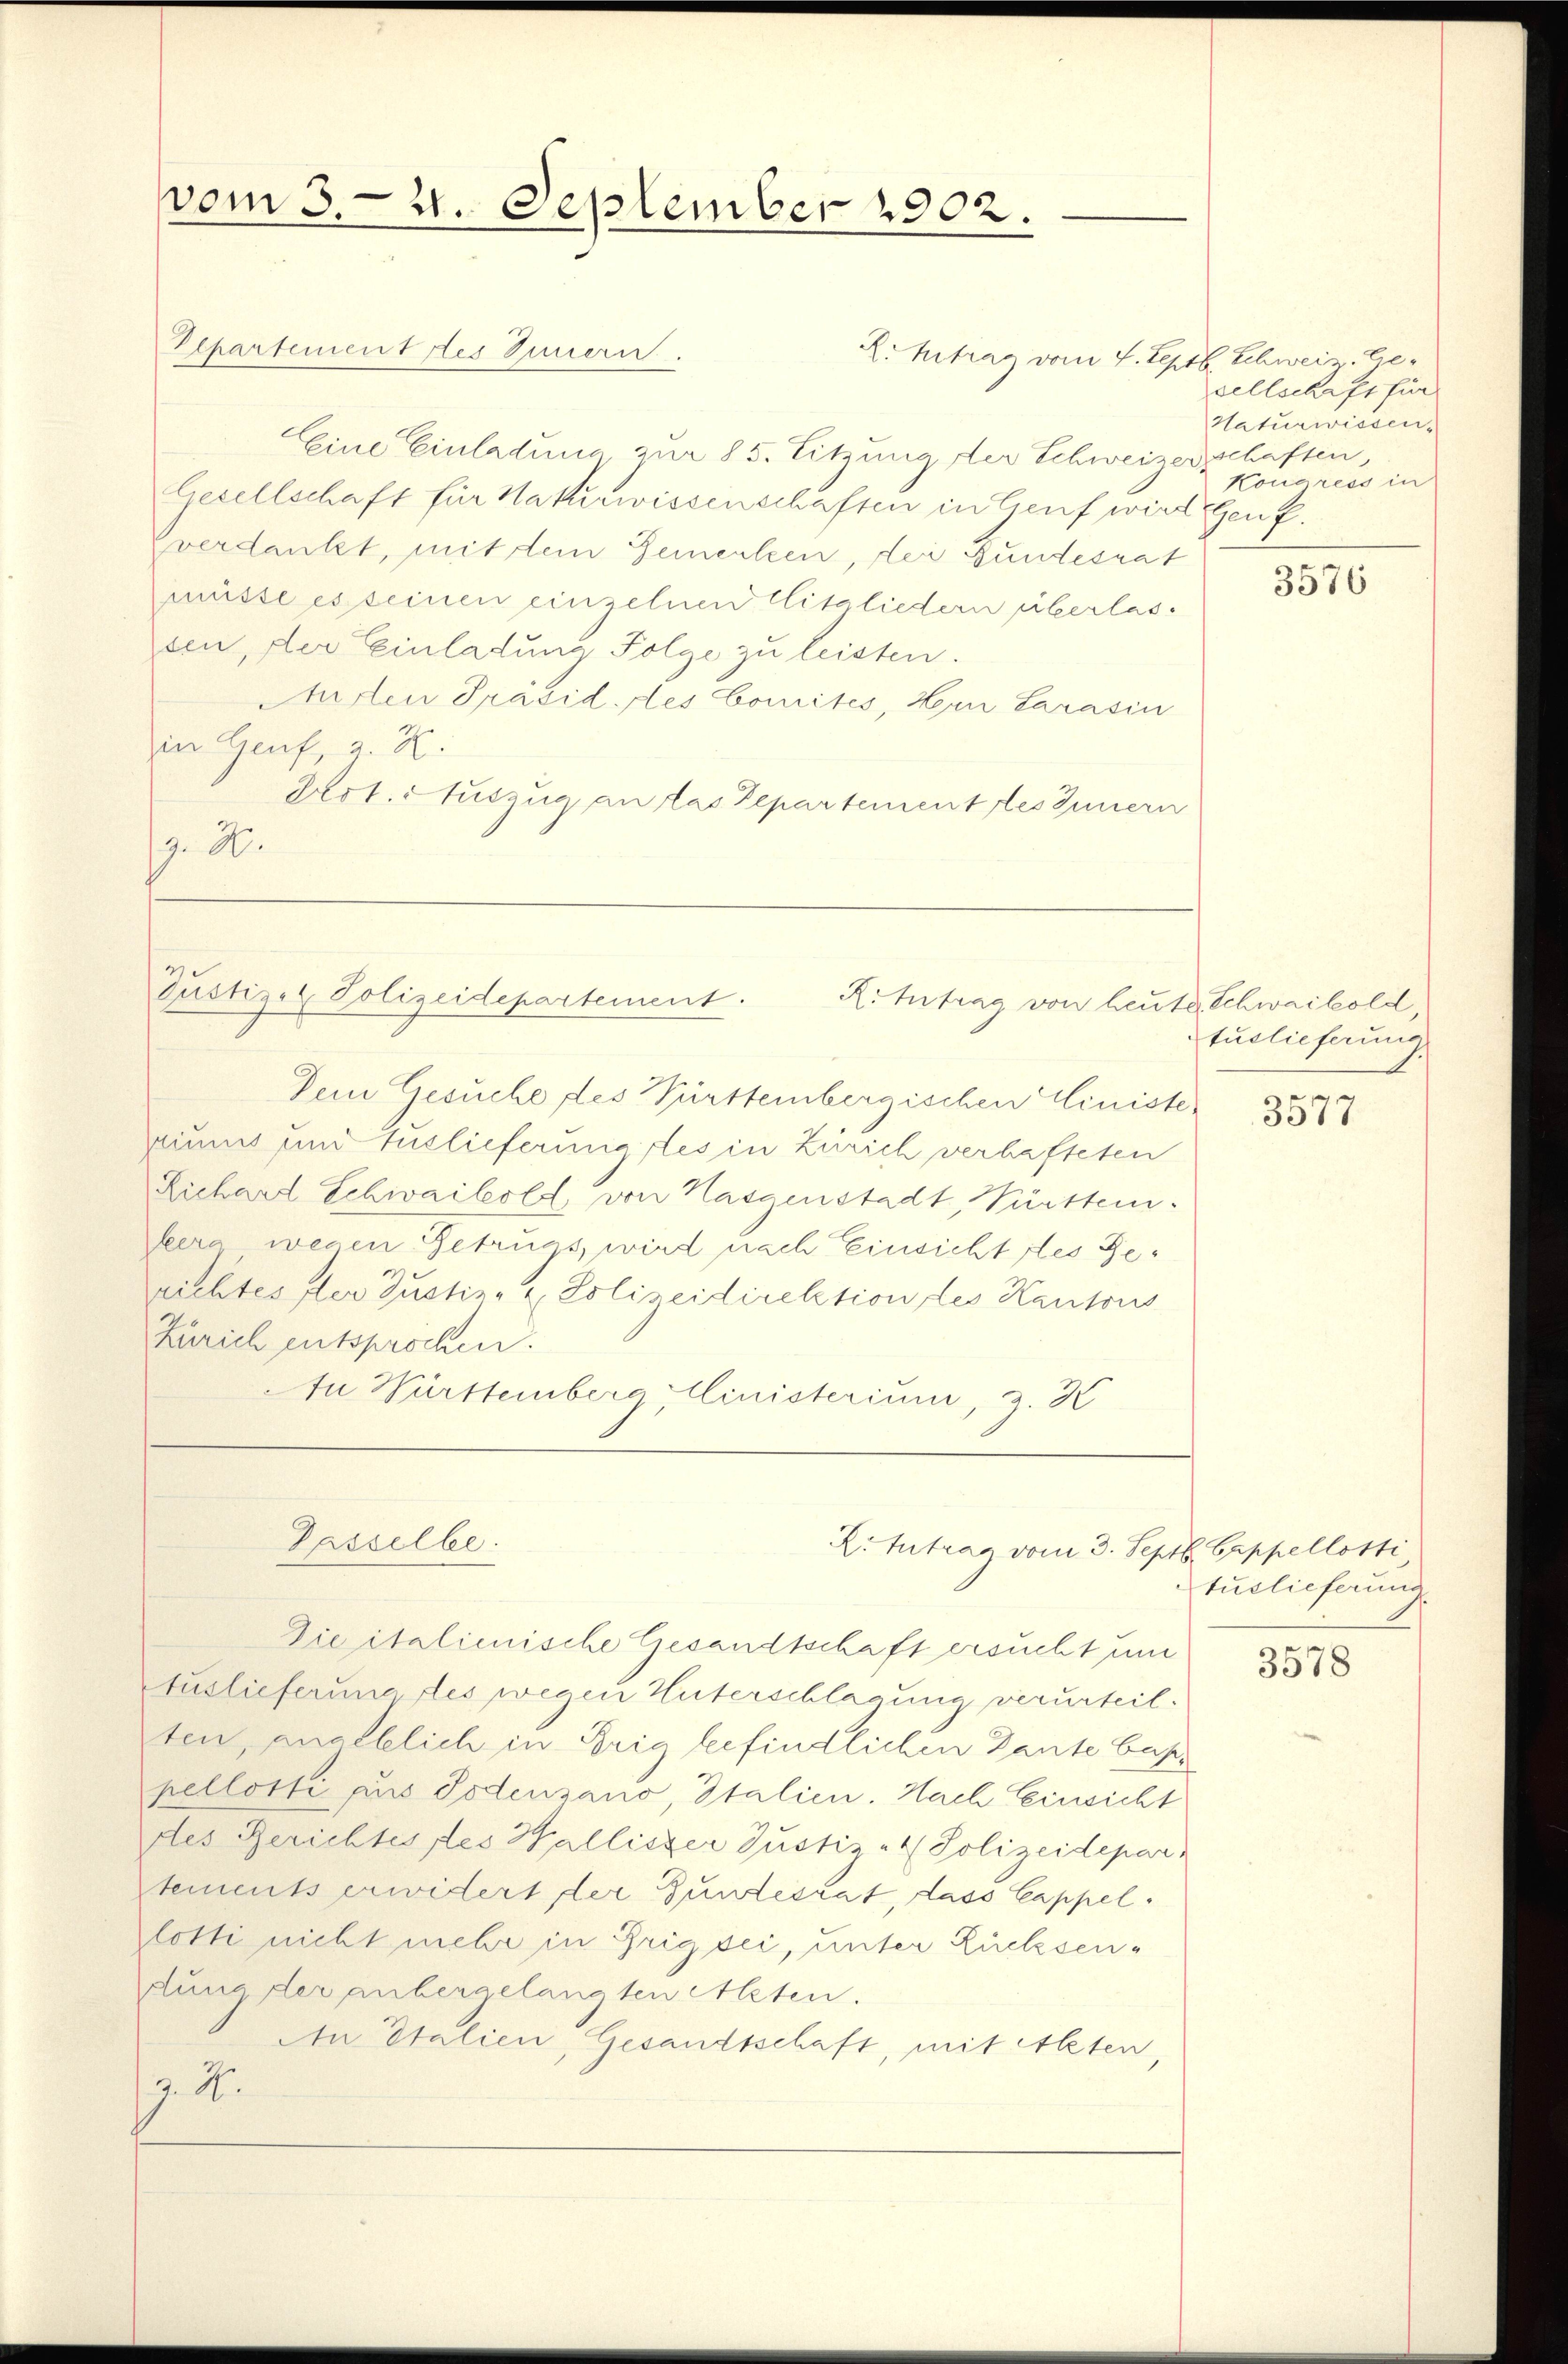
vom 3. 21. September 1902.

Eepartementres Innern.
Eine Einladung, zur 85. Sitzung der Schweizerschaften,
liesellschaft für Naturwissenschaften in Genf wird Genf.
zverdankt, mit dem Gemerken, der Fundesrat
müsse es seinen einzelnen Mitgliedern überlassen, der Einladung Folge zu leisten.
Aurten Präsid. des Comités, Herr Sarasin
in Genf, a. K.
Prot. Auszug an das Departement des Innern
g. H.

Justizel Polizeidepartement.

Passelbe.

R. hetrag vom 4. Septbr. Schweiz. Ge¬

X. Antrag vom 3. Sept. Cappellotti

R.Intrag von heute Schwaibold,

Dein Gesuche des Pürttembergischen Ciniste
aiums und Auslieferung des in Zürich verhafteten
Liehard Schwaibold, von Hagenstadt, Württem.
lera wegen Betruns, wird nach Einsicht des Gerichtes der Justiz- & Polizeidirektion des Kantons
Zürich entsprochen.
In Württemberg Ministerium, z. H

sellschaft für
Naturwissen.
Konaress in

Die italienische Gesandtschaft ersucht und
Auslieferung des wegen Unterschlagung verurteil.
ten, angeblich in Brig befindlichen Zante bes
pellotti aus Podensano, Italien. Nach Einsicht
des Gerichtes des Hallister Justiz - Polizeidepar
stements erwidert der Gundesrat, dass Cappel.
lötti nicht mehr in Brig sei, unter Rücksendung der anbergelangten Alten.
An Italien, Gesandtschaft, mit Alten,
7.4.

3576

tuslieferung.

3577

tuslieferung

3578